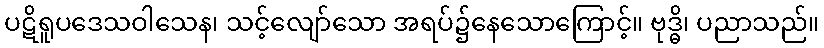
ပဋိရူပဒေသဝါသေန၊ သင့်လျော်သော အရပ်၌နေသောကြောင့်။ ဗုဒ္ဓိ၊ ပညာသည်။